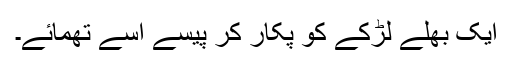
ایک بھلے لڑکے کو پکار کر پیسے اسے تھمائے۔